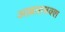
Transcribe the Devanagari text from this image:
अल्लाहबक्श